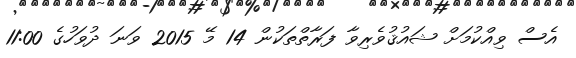
އެސް ވިއްކުމަށް ޝައުޤުވެރިވާ ފަރާތްތަކުން 14 މޭ 2015 ވަނަ ދުވަހުގެ 11:00